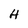
Character: H